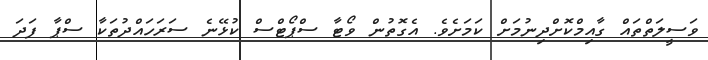
ވަސީލަތްތައް ގާއިމްކޮށްދިނުމަށް ކަމަށެވެ. އެގޮތުން ވޯޓާ ސްޕޯޓްސް ކުޅޭނެ ސަރަހައްދުތަކާ ސްޕާ ފަދަ